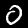
Digit: 0